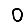
Digit: 0